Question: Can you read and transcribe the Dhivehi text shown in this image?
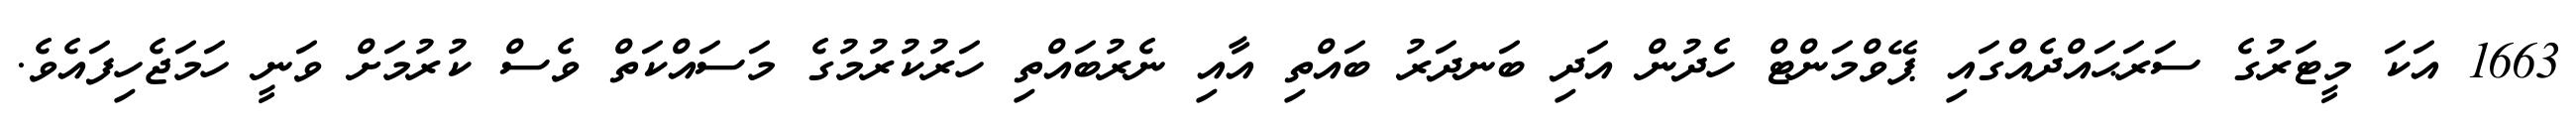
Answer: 1663 އަކަ މީޓަރުގެ ސަރަޙައްދެއްގައި ޕޭވްމަންޓް ހެދުން އަދި ބަނދަރު ބައްތި އާއި ނެރުބައްތި ހަރުކުރުމުގެ މަސައްކަތް ވެސް ކުރުމަށް ވަނީ ހަމަޖެހިފައެވެ.